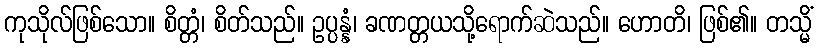
ကုသိုလ်ဖြစ်သော။ စိတ္တံ၊ စိတ်သည်။ ဥပ္ပန္နံ၊ ခဏတ္တယသို့ရောက်ဆဲသည်။ ဟောတိ၊ ဖြစ်၏။ တသ္မိံ